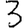
Digit: 3